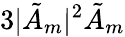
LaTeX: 3|\tilde{A}_{m}|^{2}\tilde{A}_{m}